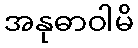
အနုဓာဝါမိ